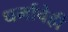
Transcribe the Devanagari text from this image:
धर्माचेही